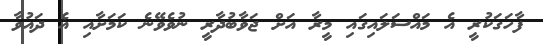
ފާހަގަކުރީ އެ މައްސަލައިގައި މީރާ އަށް ޖަވާބުދާރީ ނުވެވޭނެ ކަމަށާއި އެ ދައުވާ